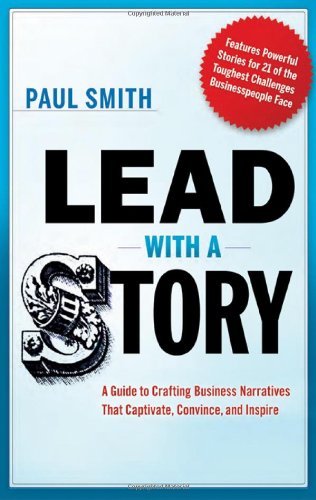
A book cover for Lead with a Story: A Guide to Crafting Business Narratives That Captivate, Convince, and Inspire; Paul Smith; Business & Money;